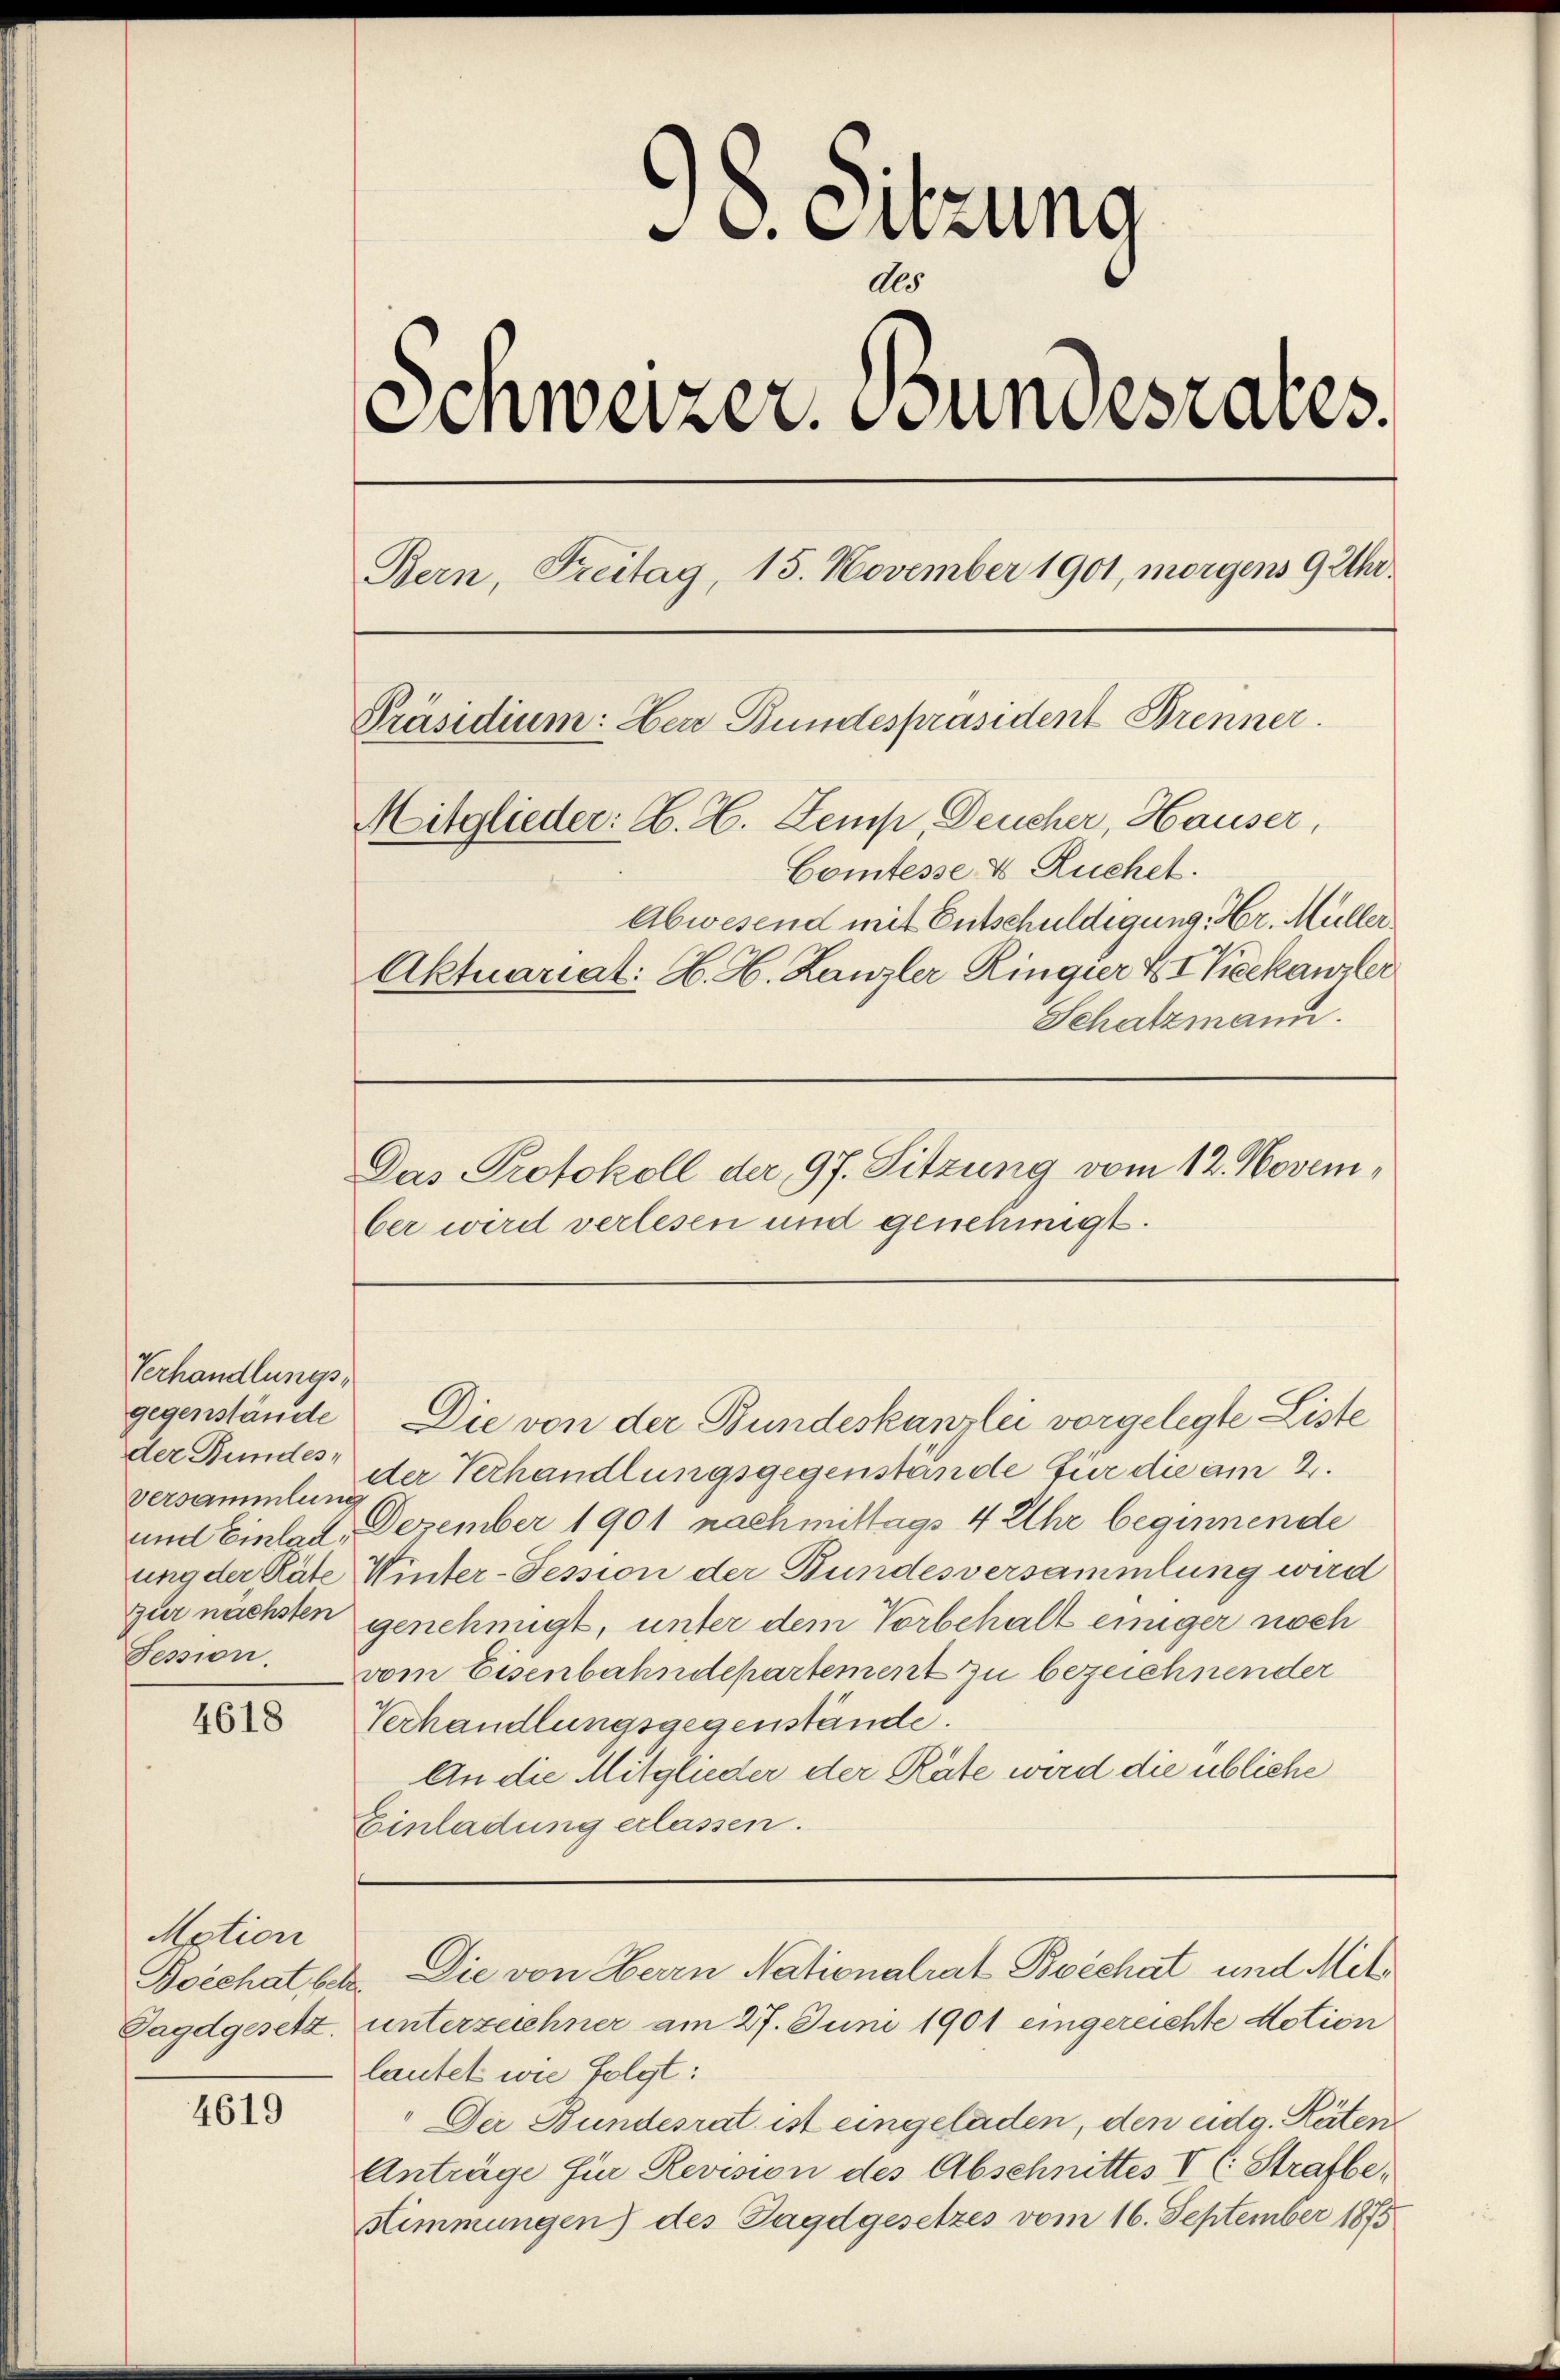
Verhandlungsder Bundes¬
Versammlung
Session.

4618

Motion
Boechat betr
Jagdgesetz.

4619

38. Sitzung
dts
Schweizer. Bundesrates.
Bern, Freitag, 15. November 1901, morgens 9 Uhr.
Präsidium: Herr Bundespräsident Brenner
Mitglieder: C. H. Zemp Deucher, Hauser,
Comtesse & Ruchet.
Abwesend mit Entschuldigung. Hr. Müller
Aktuariat: H. H. Kanzler Ringier & I Teekanzler
Schatzmann.

Das Protokoll der 97. Sitzung vom 12. Novem¬

Die von Herrn Nationalrat Bvéchat und Mit¬

ber wird verlesen und genehmigt.

gegenstände. Die von der Bundeskanzlei vorgelegte Liste
der Verhandlungsgegenstände für die am 2.
und Einlad, Dezember 1901 nachmittags 4 Uhr beginnende
ung der Räte Winter-Tession der Bundesversammlung wird
gur nächsten genehmigt, unter dem Vorbehalt einiger noch
vom Eisenbahndepartement zu bezeichnender
Verhandlungsgegenstände.
An die Mitglieder der Räte wird die übliche
Einladung erlassen.

.
unterzeichner am 27. Juni 1901 eingereichte Motion
lautet wie folgt:
Der Bundesrat ist eingeladen, den eidg. Reiten
Anträge für Revision des Abschnittes V (: Strafbe¬
Stimmungen) des Jagdgesetzes vom 16. September 1875